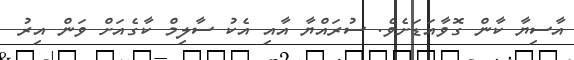
އާސިޔާ ކާން ގޮވާއަޑަށެވެ. ސުރައްޔާ އާއި އެކު ސާލިމް ކާގެއަށް ވަން އިރު